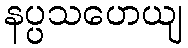
နပ္ပသဟေယျ